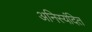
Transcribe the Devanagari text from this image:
अनिस्यंदित